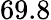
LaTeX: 69.8